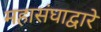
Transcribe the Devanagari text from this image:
महासंघाद्वारे